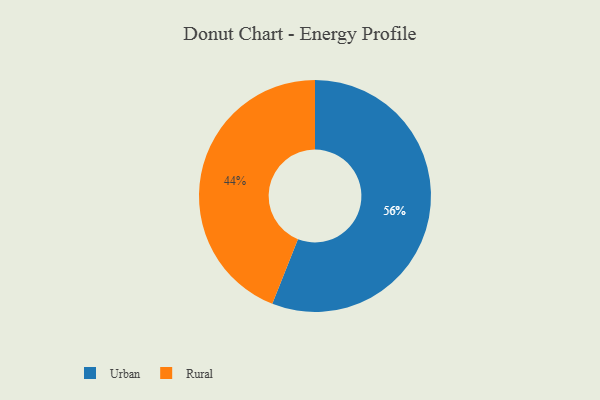
{"axis": {"x": "Category", "y": "Percentage"}, "legend": ["Rural", "Urban"], "data": [{"x": "Rural", "y": 44, "type": "Rural"}, {"x": "Urban", "y": 56, "type": "Urban"}]}